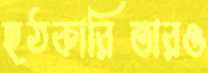
হঠকারিতারও